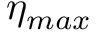
\eta _ { m a x }